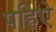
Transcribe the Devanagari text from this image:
पहिऐ